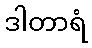
ဒါတာရံ